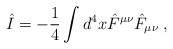
\begin{align*}\hat{I} = - \frac{1}{4} \int d^4 x \hat{F}^{\mu \nu} \hat{F}_{\mu\nu} \;,\end{align*}